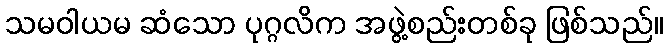
သမဝါယမ ဆံသော ပုဂ္ဂလိက အဖွဲ့စည်းတစ်ခု ဖြစ်သည်။